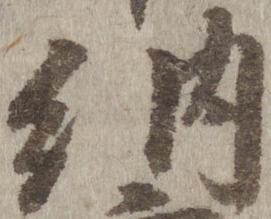
納